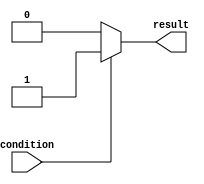
module conditional_operator_example (
    input wire condition,
    output reg result
    );

    always @ (*) begin
        result = (condition) ? 1 : 0;
    end

endmodule